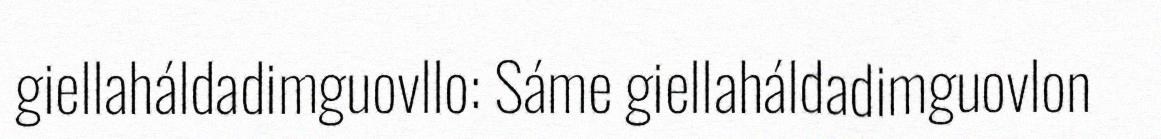
giellaháldadimguovllo: Sáme giellaháldadimguovlon